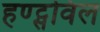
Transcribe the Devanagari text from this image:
हण्ट्सविल